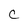
Character: c